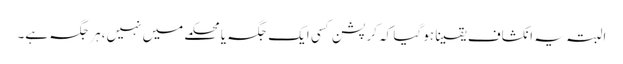
البتہ یہ انکشاف یقینا ہو گیا کہ کرپشن کسی ایک جگہ یا محکمے میں نہیں،ہر جگہ ہے۔